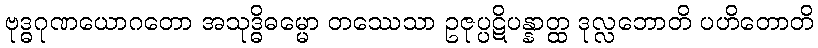
ဗုဒ္ဓဂုဏယောဂတော အသုဒ္ဓိဓမ္မော တဿေသာ ဥဇုပ္ပဋိပန္နာတ္ထ ဒုလ္လဘောတိ ပဟိတောတိ